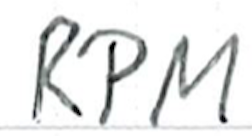
Text: RPM
Cross-out: clean
Writing tool: ballpoint